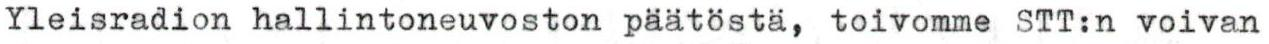
Yleisradion hallintoneuvoston päätöstä, toivomme STT:n voivan